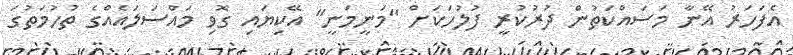
އެފަހަރު އޭނާ މަސައްކަތުން ދުރުކުރީ ފުލުހަކަށް "މަނީމަނީ" އޭކިޔައި ގޮވި މައްސަލައެއްގެ ތުހުމަތުގަ